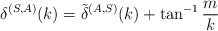
\begin{align*}\delta^{(S,A)}(k) = \tilde \delta^{(A,S)}(k) + \tan^{-1}\frac{m}{k}\end{align*}